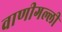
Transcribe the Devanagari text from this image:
वाणीगल्ली